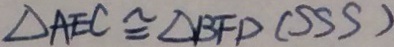
\Delta A E C \cong \Delta B F D ( S S S )